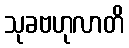
သုခဗဟုလာတိ